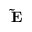
\mathbf { \tilde { E } }